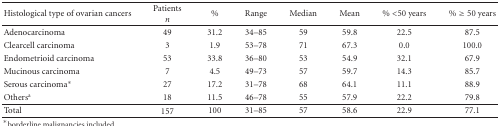
<table><thead><tr><td><b>Histological type of ovarian cancers</b></td><td><b>Patients <i>n</i></b></td><td><b>%</b></td><td><b>Range</b></td><td><b>Median</b></td><td><b>Mean</b></td><td><b>% &lt;50 years</b></td><td><b>% ≥50 years</b></td></tr></thead><tbody><tr><td>Adenocarcinoma</td><td>49</td><td>31.2</td><td>34–85</td><td>59</td><td>59.8</td><td>22.5</td><td>87.5</td></tr><tr><td>Clearcell carcinoma</td><td>3</td><td>1.9</td><td>53–78</td><td>71</td><td>67.3</td><td>0.0</td><td>100.0</td></tr><tr><td>Endometrioid carcinoma</td><td>53</td><td>33.8</td><td>36–80</td><td>53</td><td>54.9</td><td>32.1</td><td>67.9</td></tr><tr><td>Mucinous carcinoma</td><td>7</td><td>4.5</td><td>49–73</td><td>57</td><td>59.7</td><td>14.3</td><td>85.7</td></tr><tr><td>Serous carcinoma*</td><td>27</td><td>17.2</td><td>31–78</td><td>68</td><td>64.1</td><td>11.1</td><td>88.9</td></tr><tr><td>Others<sup>a</sup></td><td>18</td><td>11.5</td><td>46–78</td><td>55</td><td>57.9</td><td>22.2</td><td>79.8</td></tr><tr><td>Total</td><td>157</td><td>100</td><td>31–85</td><td>57</td><td>58.6</td><td>22.9</td><td>77.1</td></tr></tbody></table>